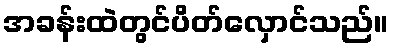
အခန်းထဲတွင်ပိတ်လှောင်သည်။